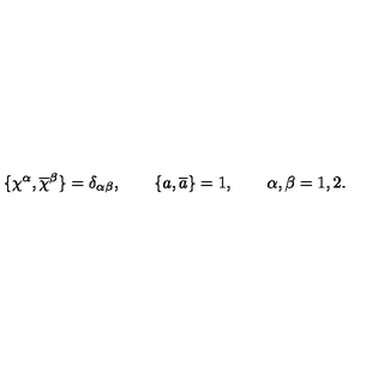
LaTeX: \{ \chi ^ { \alpha } , \overline { { \chi } } ^ { \beta } \} = \delta _ { \alpha \beta } , \qquad \{ a , \overline { { a } } \} = 1 , \qquad \alpha , \beta = 1 , 2 .